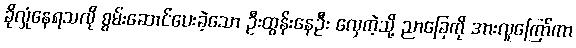
ခိုလှုံနေရသလို စွမ်းဆောင်ပေးခဲ့သော ဦးထွန်းနေဦး လှေကဲ့သို့ ညာခြေကို အားလူကြော်ကာ